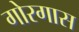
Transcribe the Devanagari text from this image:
गोरगास